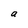
Character: a